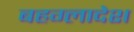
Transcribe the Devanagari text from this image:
बहग्लादेश